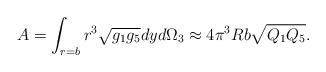
LaTeX: \begin{align*}A=\int_{r=b} r^3\sqrt{g_1g_5}dy d\Omega_3\approx 4\pi^3Rb\sqrt{Q_1Q_5}.\end{align*}